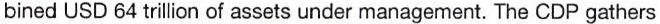
bined USD 64 trillion of assets under management. The CDP gathers